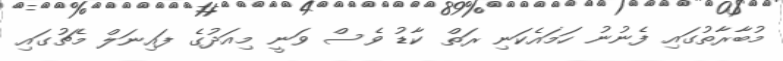
މުބާރާތުގައި ފެނުނު ހަމައެކަނި ރަތް ކާޑު ވެސް ވަނީ މިއަދުގެ ފައިނަލް މެޗުގައި